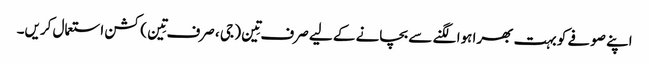
اپنے صوفے کو بہت بھرا ہوا لگنے سے بچانے کے لیے صرف تِین ( جی ، صرف تِین ) کشن استعمال کریں۔